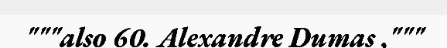
"""also 60. Alexandre Dumas ,"""